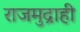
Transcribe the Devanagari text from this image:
राजमुद्राही